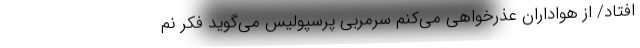
افتاد/ از هواداران عذرخواهی می‌کنم سرمربی پرسپولیس می‌گوید فکر نم